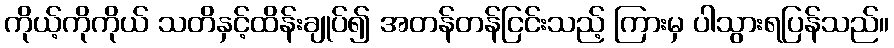
ကိုယ့်ကိုကိုယ် သတိနှင့်ထိန်းချုပ်၍ အတန်တန်ငြင်းသည့် ကြားမှ ပါသွားရပြန်သည်။